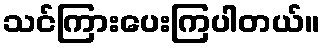
သင်ကြားပေးကြပါတယ်။